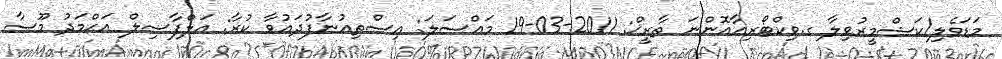
މަޑަވެލި/ކަޝްމީރުވިލާ ގ.ވިކްޓޯރިއާއޮންނަ ތާރީޚް: 2011-03-19 މައްސަލަ: އިސްތިއުނާފުދައުވާ ކުރާ: އަލްފާޟިލް އަޙްމަދު މޫސާ